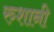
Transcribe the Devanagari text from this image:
रुशानी